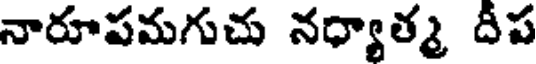
నారూపమగుచు నధ్యాత్మ దీప